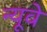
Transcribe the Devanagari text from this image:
न्यूवे